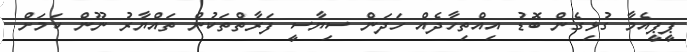
ޕީޕީއެމާ ގުޅިގެން ބޮޑު އިއްތިހާދެއް ހަދަން ސިޔާސީ ފަރާތްތަކުން ތައްޔާރު ނޫން ކަމަށް